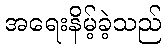
အရေးနိမ့်ခဲ့သည်